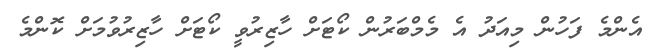
އެންމެ ފަހުން މިއަދު އެ މެމްބަރުން ކޯޓަށް ހާޒިރުވީ ކޯޓަށް ހާޒިރުވުމަށް ކޮންމެ